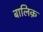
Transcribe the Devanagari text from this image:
बालिक़